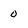
Character: o